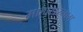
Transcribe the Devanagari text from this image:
माहासरनाग